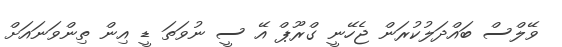
ވޭލްސް ބައްދަލުކުރަން ޖެހޭނީ ގްރޫޕް އޭ ސީ ނުވަތަ ޑީ އިން ތިންވަނައަށް